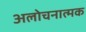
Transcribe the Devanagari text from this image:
अलोचनात्मक